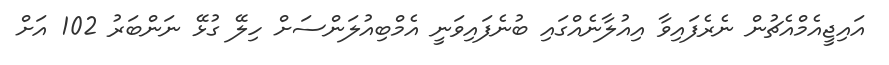
އައިޖީއެމްއެޗުން ނެރެފައިވާ އިއުލާނެއްގައި ބުނެފައިވަނީ އެމްބިއުލަންސަށް ހިލޭ ގުޅޭ ނަންބަރު 102 އަށް